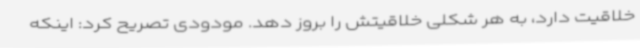
خلاقیت دارد، به هر شکلی خلاقیتش را بروز دهد. مودودی تصریح کرد: اینکه